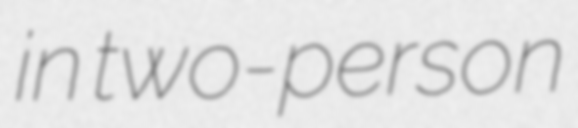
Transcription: in two-person